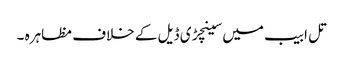
تل ابیب میں سینچڑی ڈیل کے خلاف مظاہرہ ۔